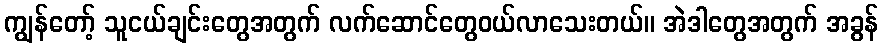
ကျွန်တော့် သူငယ်ချင်းတွေအတွက် လက်ဆောင်တွေဝယ်လာသေးတယ်။ အဲဒါတွေအတွက် အခွန်